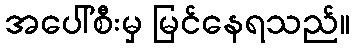
အပေါ်စီးမှ မြင်နေရသည်။